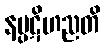
နပ္ပဋိဟညတိ